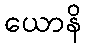
ယောနိ